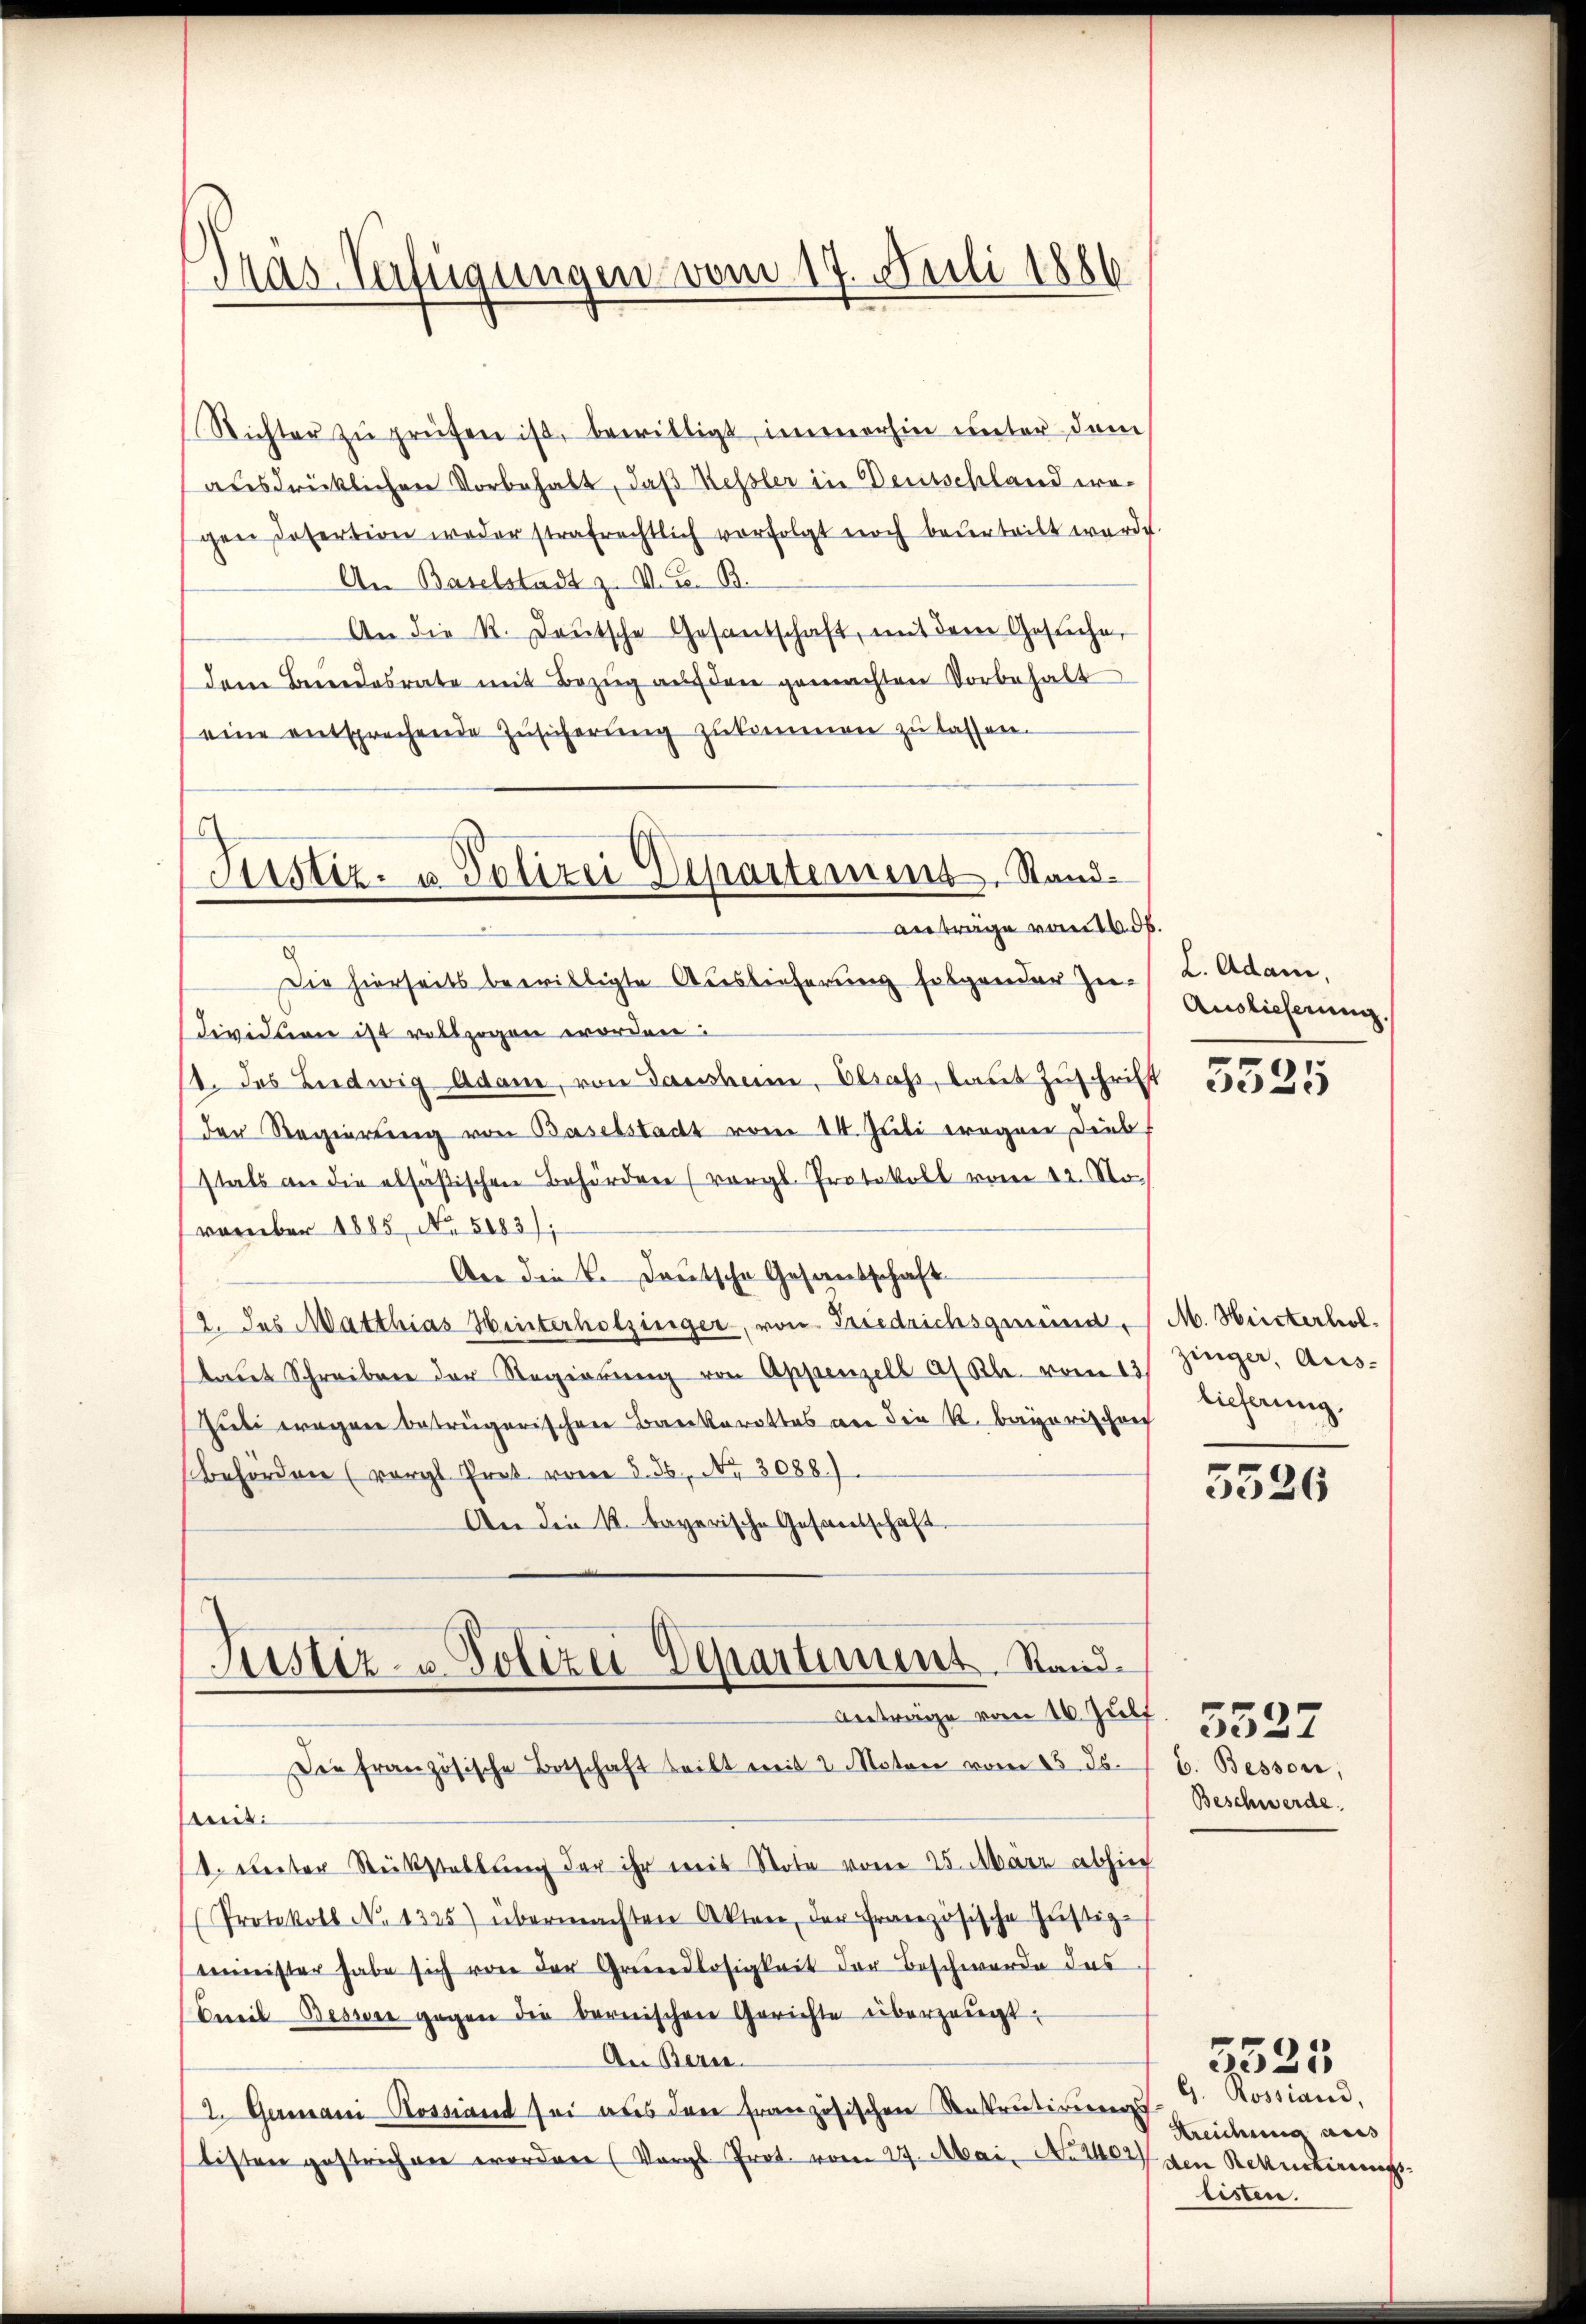
Richter zŭ prüfen ist, bewilligt, immerhin unter dem
ausdrücklichen Vorbehalt, daß Kessler in Deutschland wogen sofertion weder strafrechtlich verfolgt noch beurteilt werde.
An Baselstadt z. V. C. B.
An die K. Deutsche Gesandschaft, mit dem Gesŭche,
dem Beredesrate mit Bezŭg aŭf den gemachten Vorbehalt
eine entsprechende Zusicherung zukommen zu lassen.
anträge vom 16. ds.
Die hierseits bewilligte Auslieferung folgender Zu-
dividuen ist vollzogen worden:
1. Das Ludwig Adam, von Gausshum, Elsass, laut Zuschrift
der Regierung von Baselstadt vom 14. Juli wegen Diebs
stals an die alsäßischen Behörden (vergl. Protokoll vom 12. No.
vember 1885, No. 5083);
An die k. Deutsche Gesantschaft
12. des Matthias Hinterholzinger, von Friedrichsgrund, M. Hristerholtaut Schreiben der Regierŭng von Appenzell af Kl. vom 13.
Zuti wegen betrügerischen Bankerottes an die K. Bayerischrech
behörden (vergl. Prot vom 5. 36, Nr. 3088).
An die K. bayerische Gesantschaft
Justiz- u. Polizei Departement. Stand¬
Anträge vom 16. Juli.
Die französische Botschaft teilt mit 2 Moton vom 13. ds.
nis.
1. unter Rückstellung der ihr mit Note vom 25. März absich
Protokoll No 1325) übermachten Akten, der französische Justiz-
mminister habe sich von der Grundlosigkeit der Beschwerde das
Cueil Besse gegen die bernischen Gerichte überzeugt:
An Bern.
2. Germani Rossiand sei aus den französischen Anstrutirungs
listen gestrichen worden (Vergl. Prot. vom 27. Mai. No. 24027 den Rentirung

Präs. Verfügungen vom 17. Juli 1886

Justiz- u. Polizei Departement. Stand¬

L. Adam.
Auslieferung.

5525

zinger, Auslieferung.

5526

b. Bessen,
Beschwerde.

5527

G. Rossiand,
Streichung aus
listen.

7
3525